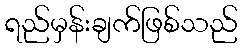
ရည်မှန်းချက်ဖြစ်သည်